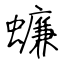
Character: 蠊